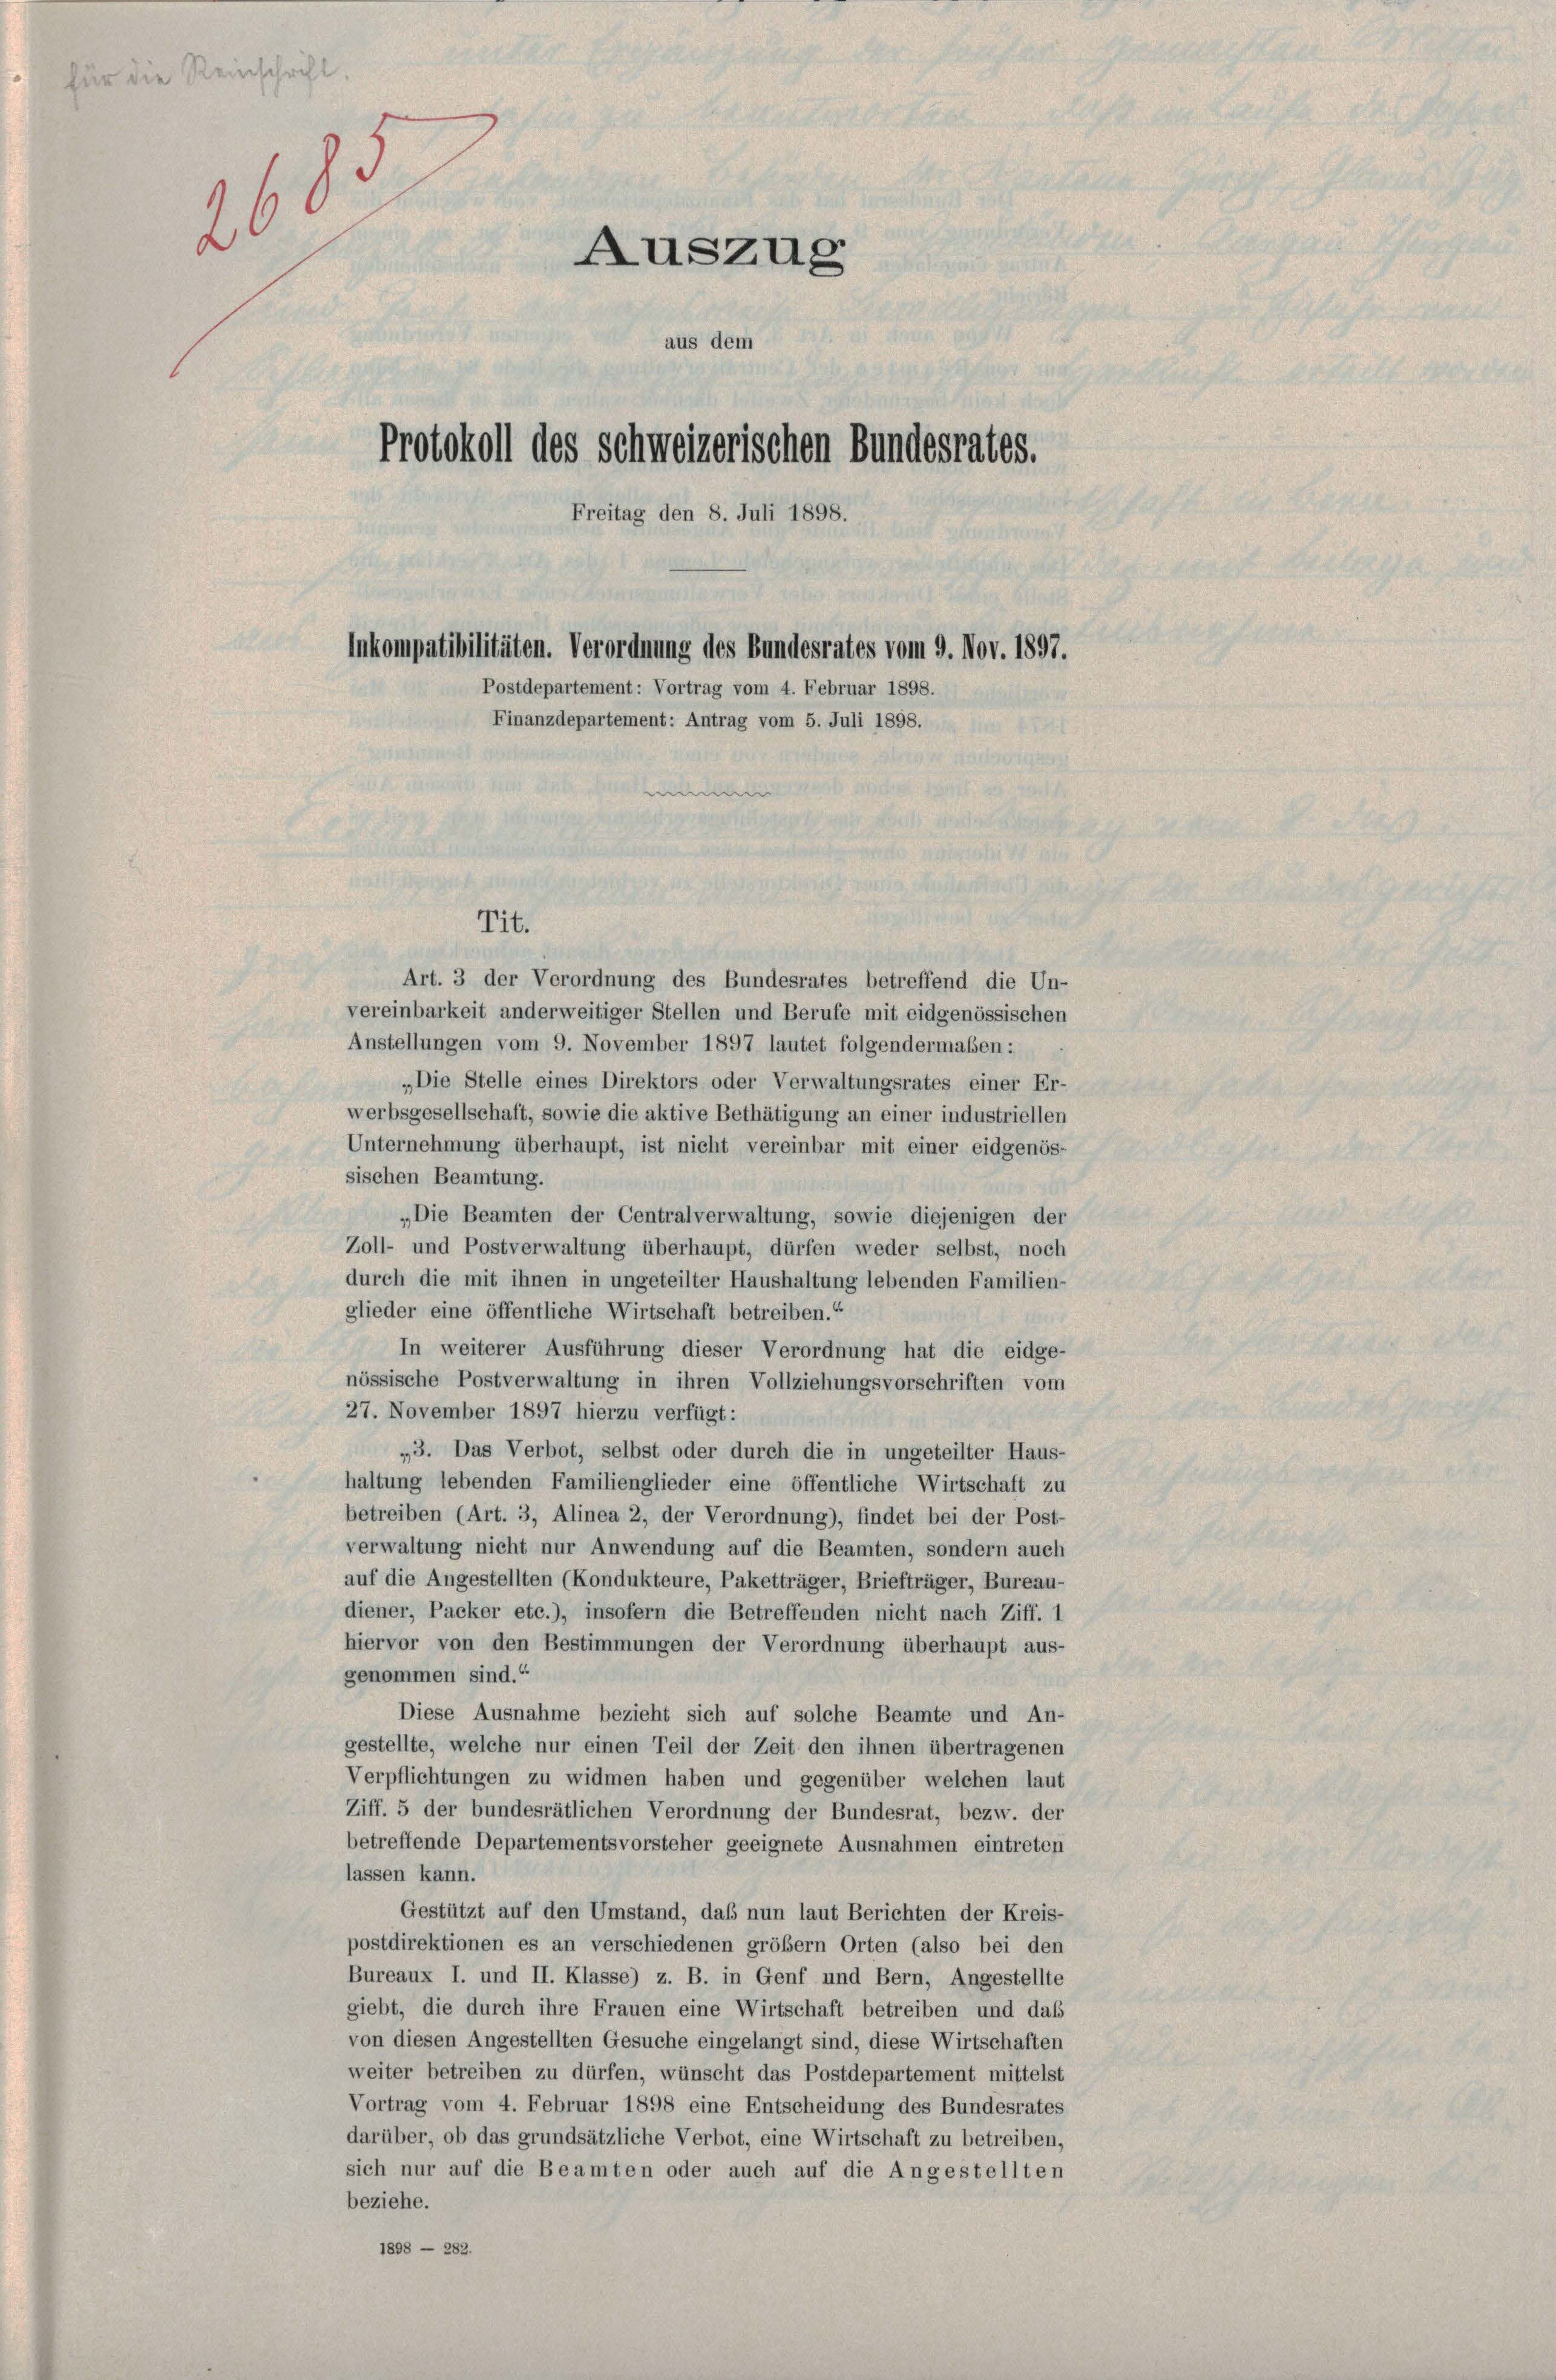
Reinschrift.
2683
Auszug
aus dem
Protokoll des schweizerischen Bundesrates.
Freitag den 8. Juli 1898.
Inkompatibilitäten. Verordnung des Bundesrates vom 9. Nov. 1897.
Postdepartement: Vortrag vom 4. Februar 1898.
Finanzdepartement: Antrag vom 5. Juli 1898.

Tit.

Art. 3 der Verordnung des Bundesrates betreffend die Un-
vereinbarkeit anderweitiger Stellen und Berufe mit eidgenössischen
Anstellungen vom 9. November 1897 lautet folgendermaßen:
„Die Stelle eines Direktors oder Verwaltungsrates einer Er-
werbsgesellschaft, sowie die aktive Bethätigung an einer industriellen
Unternehmung überhaupt, ist nicht vereinbar mit einer eidgenös-
sischen Beamtung.
„Die Beamten der Centralverwaltung, sowie diejenigen der
Zoll- und Postverwaltung überhaupt, dürfen weder selbst, noch
durch die mit ihnen in ungeteilter Haushaltung lebenden Familien-
glieder eine öffentliche Wirtschaft betreiben.“
In weiterer Ausführung dieser Verordnung hat die eidge-
nössische Postverwaltung in ihren Vollziehungsvorschriften vom
27. November 1897 hierzu verfügt:
„3. Das Verbot, selbst oder durch die in ungeteilter Haus-
haltung lebenden Familienglieder eine öffentliche Wirtschaft zu
betreiben (Art. 3, Alinea 2, der Verordnung), findet bei der Post-
verwaltung nicht nur Anwendung auf die Beamten, sondern auch
auf die Angestellten (Kondukteure, Paketträger, Briefträger, Bureau-
diener, Packer etc.), insofern die Betreffenden nicht nach Ziff. 1
hiervor von den Bestimmungen der Verordnung überhaupt aus-
genommen sind.“
Diese Ausnahme bezieht sich auf solche Beamte und An-
gestellte, welche nur einen Teil der Zeit den ihnen übertragenen
Verpflichtungen zu widmen haben und gegenüber welchen laut
Ziff. 5 der bundesrätlichen Verordnung der Bundesrat, bezw. der
betreffende Departementsvorsteher geeignete Ausnahmen eintreten
lassen kann.
Gestützt auf den Umstand, daß nun laut Berichten der Kreis-
postdirektionen es an verschiedenen größem Orten (also bei den
Bureaux I. und II. Klasse) z. B. in Genf und Bern, Angestellte
giebt, die durch ihre Frauen eine Wirtschaft betreiben und daß
von diesen Angestellten Gesuche eingelangt sind, diese Wirtschaften
weiter betreiben zu dürfen, wünscht das Postdepartement mittelst
Vortrag vom 4. Februar 1898 eine Entscheidung des Bundesrates
darüber, ob das grundsätzliche Verbot, eine Wirtschaft zu betreiben.
sich nur auf die Beamten oder auch auf die Angestellten
beziehe.
1898 — 282.